Sanitation, dispensaries and jails vaccination Rajputana 1922-1927 - 1922-1927
Year: 1922
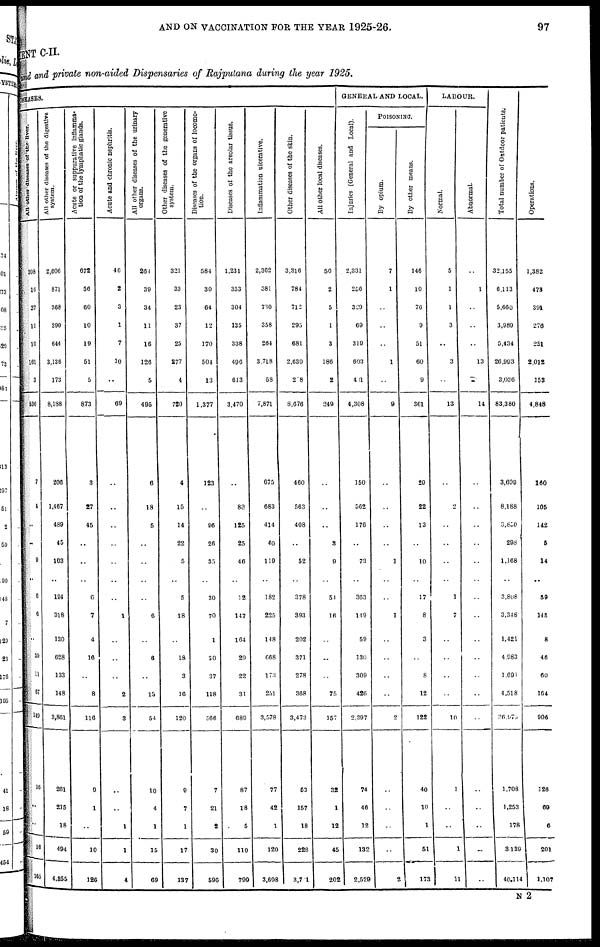
AND ON VACCINATION FOR THE YEAR 1925-26.
97
ENT C-II.
fund and private non-aided Dispensaries of Rajputana during the year 1925.
DISEASES.
All other diseases of the liver.
308
16
27
11
10
161
3
536
7
4
..
..
9
..
6
6
..
39
11
67
149
16
..
..
18
165
All other diseases of the digestive
system.
2,606
871
368
390
644
3,136
173
8,188
206
1,467
489
45
103
..
194
318
130
628
133
148
3,861
261
215
18
494
4,855
Acute or suppurative inflamma-
tion of the lymphatic glands.
672
56
60
10
19
51
5
873
3
27
45
..
..
..
6
7
4
16
..
8
116
9
1
..
10
126
Acute and chronic nephritis.
46
2
3
1
7
10
..
69
..
..
..
..
..
..
..
1
..
..
..
2
3
..
..
1
1
4
All other diseases of the urinary
organs.
264
39
34
11
16
126
5
495
6
18
5
..
..
..
..
6
..
6
..
13
54
10
4
1
15
69
Other diseases of the generative
system.
321
33
23
37
25
277
4
720
4
15
14
22
5
..
5
18
..
18
3
16
120
9
7
1
17
137
Diseases of the organs of locomo-
tion.
584
30
64
12
170
504
13
1,377
123
..
96
26
35
..
30
70
1
30
37
118
566
7
21
2
30
596
Diseases of the areolar tissue.
1,231
353
304
135
338
496
613
3,470
..
125
25
46
..
12
147
164
29
22
31
689
87
18
5
110
799
Inflammation ulcerative.
2,362
381
730
358
264
3,718
58
7,871
675
683
414
40
119
..
182
225
148
668
173
251
3,578
77
42
1
120
3,698
Other diseases of the skin.
3,316
784
712
295
681
2,630
28
8,676
460
563
408
..
52
..
378
393
202
371
278
368
3,473
53
157
18
228
3,71
All other local diseases.
50
2
5
1
3
186
2
249
..
..
..
3
9
..
54
16
..
..
..
75
157
32
1
12
45
202
GENERAL AND LOCAL.
Injuries (General and Local).
2,331
256
329
69
319
603
401
4,308
150
562
176
..
73
..
363
149
59
130
309
426
2,397
74
46
12
132
2,529
POISONING.
By opium.
7
1
..
..
..
1
..
9
..
..
..
..
1
..
..
1
..
..
..
..
2
..
..
..
..
2
By other means.
146
10
76
9
51
60
9
361
29
22
13
..
10
..
17
8
3
..
8
12
122
40
10
1
51
173
LABOUR.
Normal.
5
1
1
3
..
3
..
13
..
2
..
..
..
..
1
7
..
..
..
..
10
1
..
..
1
11
Abnormal.
..
1
..
..
..
13
..
14
..
..
..
..
..
..
..
..
..
..
..
..
..
..
..
..
..
..
Total number of Outdoor patients.
32,155
6,113
5,660
3,989
5,434
26,993
3,036
83,380
3,699
8,188
3,850
298
1,168
..
3,808
3,348
1,421
4,983
1,691
4,518
26,973
1,708
1,253
178
3,139
40,114
Operations.
1,382
473
391
276
251
2,012
153
4,848
160
105
142
5
14
..
59
148
8
46
60
164
906
126
69
6
201
1,107
N 2